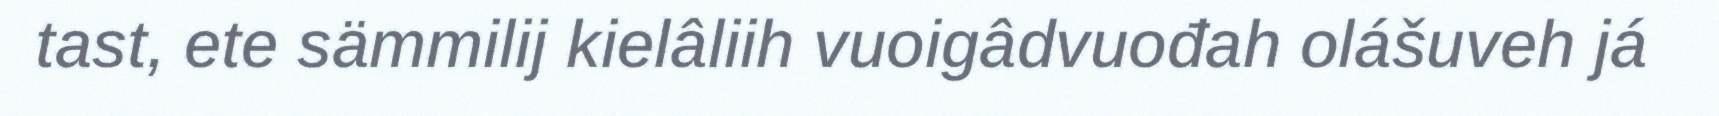
tast, ete sämmilij kielâliih vuoigâdvuođah olášuveh já